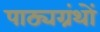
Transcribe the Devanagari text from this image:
पाठ्यग्रंथों